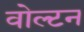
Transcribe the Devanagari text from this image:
वोल्टन